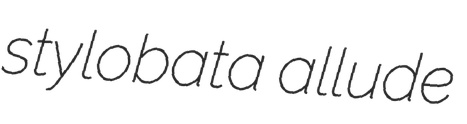
stylobata allude